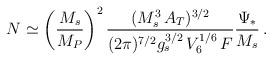
\begin{align*}N \simeq \left( \frac{M_s}{M_P}\right)^2\frac{(M_s^3\,A_T)^{3/2}}{(2\pi)^{7/2}g_s^{3/2}\,V_6^{1/6}\,F}\frac{\Psi_*}{M_s}\,.\end{align*}